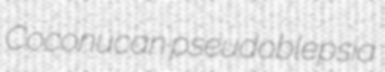
Coconucan pseudoblepsia